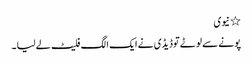
٭ نیوی
پونے سے لوٹے توڈیڈی نے ایک الگ فلیٹ لے لیا ۔